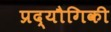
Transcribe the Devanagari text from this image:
प्रद्यौगिकी